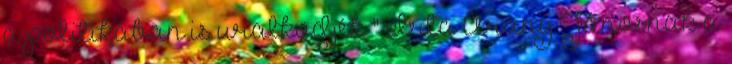
a politikában is uralkodjék " Írta Arany Jánosnak a